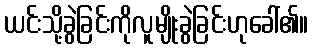
ယင်းသို့ခွဲခြင်းကိုလူမျိုးခွဲခြင်းဟုခေါ်၏။